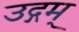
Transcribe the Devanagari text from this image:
उद्गम्